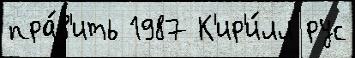
пра́в'ить 1987 К'ир'и́лл рус